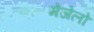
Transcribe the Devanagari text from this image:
मेजेलो